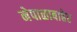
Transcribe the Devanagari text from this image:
नेपाळाबाहेर